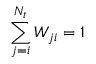
\sum _ { j = i } ^ { N _ { t } } W _ { j i } = 1